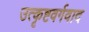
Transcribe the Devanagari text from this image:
उत्कृष्टवर्गवाद